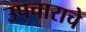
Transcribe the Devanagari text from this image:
उपचाराचे